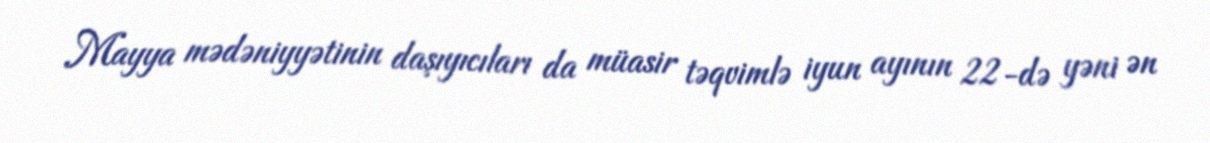
Mayya mədəniyyətinin daşıyıcıları da müasir təqvimlə iyun ayının 22-də yəni ən